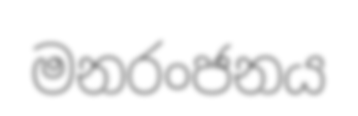
මනරංජනය